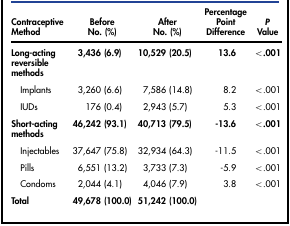
<table><thead><tr><td><b>Contraceptive Method</b></td><td><b>Before No. (%)</b></td><td><b>After No. (%)</b></td><td><b>Percentage Point Difference</b></td><td><b><i>P</i> Value</b></td></tr></thead><tbody><tr><td><b>Long-acting reversible methods</b></td><td>3,436 (6.9)</td><td>10,529 (20.5)</td><td>13.6</td><td>&lt;.001</td></tr><tr><td> Implants</td><td>3,260 (6.6)</td><td>7,586 (14.8)</td><td>8.2</td><td>&lt;.001</td></tr><tr><td> IUDs</td><td>176 (0.4)</td><td>2,943 (5.7)</td><td>5.3</td><td>&lt;.001</td></tr><tr><td><b>Short-acting methods</b></td><td><b>46,242 (93.1)</b></td><td><b>40,713 (79.5)</b></td><td><b>-13.6</b></td><td><b>&lt;.001</b></td></tr><tr><td> Injectables</td><td>37,647 (75.8)</td><td>32,934 (64.3)</td><td>-11.5</td><td>&lt;.001</td></tr><tr><td> Pills</td><td>6,551 (13.2)</td><td>3,733 (7.3)</td><td>-5.9</td><td>&lt;.001</td></tr><tr><td> Condoms</td><td>2,044 (4.1)</td><td>4,046 (7.9)</td><td>3.8</td><td>&lt;.001</td></tr><tr><td><b>Total</b></td><td><b>49,678 (100.0)</b></td><td><b>51,242 (100.0)</b></td><td></td><td></td></tr></tbody></table>